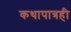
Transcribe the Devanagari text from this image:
कथापात्रही